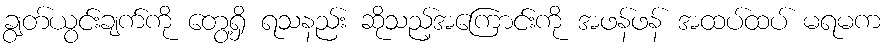
ချွတ်ယွင်းချက်ကို တွေ့ရှိ ရသနည်း ဆိုသည့်အကြောင်းကို အဖန်ဖန် အထပ်ထပ် မရမက